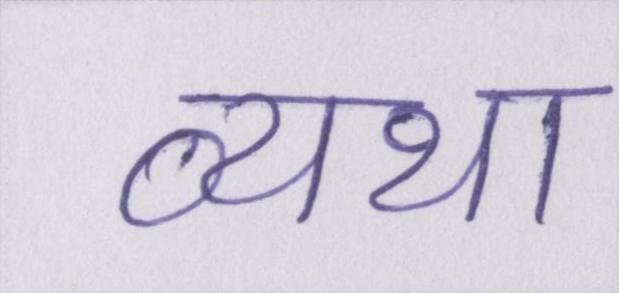
व्यथा